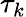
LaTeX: \tau_{k}